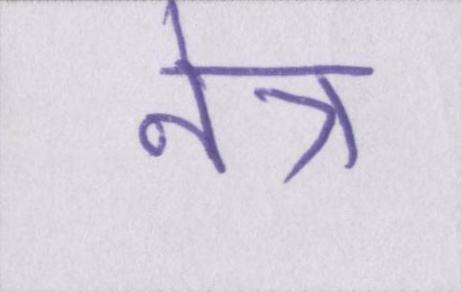
नेत्र